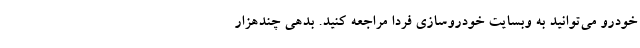
خودرو می‌توانید به وبسایت خودروسازی فردا مراجعه کنید. بدهی چندهزار